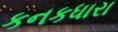
કનકધારા